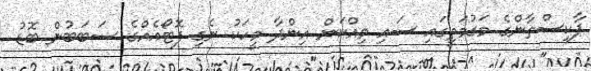
ޕާކިސްތާންގެ މަގުމަތީގައި ސައި ވިއްކަން އިންދާ މީހަކު ނެގި ފޮޓޯއެއްގެ ސަބަބުން ބޮޑު